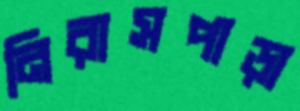
নিরাসপাড়া